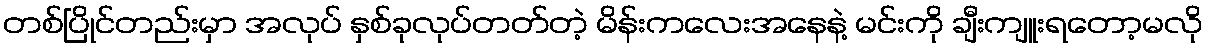
တစ်ပြိုင်တည်းမှာ အလုပ် နှစ်ခုလုပ်တတ်တဲ့ မိန်းကလေးအနေနဲ့ မင်းကို ချီးကျူးရတော့မလို